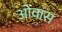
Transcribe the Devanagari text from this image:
ओवांस